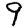
Digit: 9